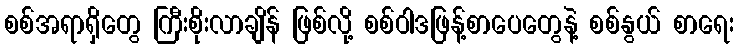
စစ်အရာရှိတွေ ကြီးစိုးလာချိန် ဖြစ်လို့ စစ်ဝါဒဖြန့်စာပေတွေနဲ့ စစ်နွယ် စာရေး